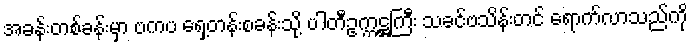
အခန်းတစ်ခန်းမှာ ဗကပ ရှေ့တန်းစခန်းသို့ ပါတီဥက္ကဋ္ဌကြီး သခင်ဗသိန်းတင် ရောက်လာသည်ကို